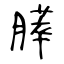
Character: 膵